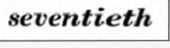
seventieth